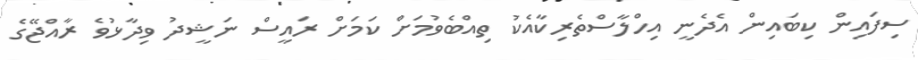
ސިފައިން ކިބައިން އެދެނީ އިހްލާސްތެރިކާއެކު ތިއްބެވުމަށް ކަމަށް ރައީސް ނަޝީދު ވިދާޅުވެ ރާއްޖޭގެ